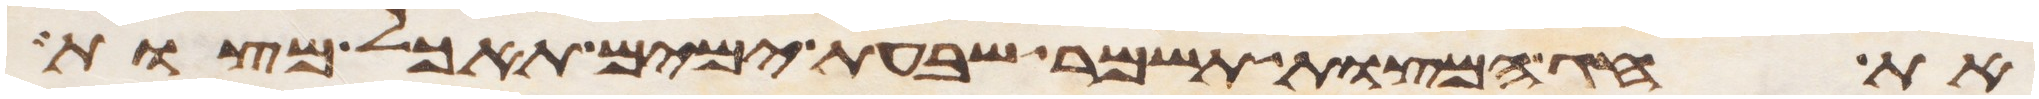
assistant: את חג המצות תשמר שבעת ימים תאכל מצות